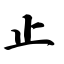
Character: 止